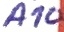
Text: A10